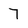
Character: 7